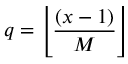
q = \left\lfloor { \frac { \left( x - 1 \right) } { M } } \right\rfloor